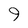
Character: 9